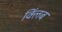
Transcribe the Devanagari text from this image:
क्लिंब